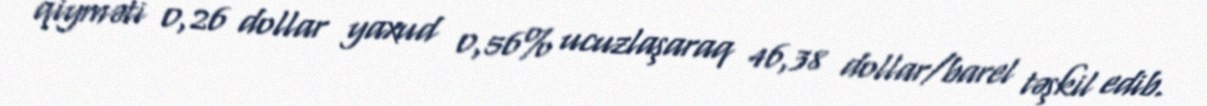
qiyməti 0,26 dollar yaxud 0,56% ucuzlaşaraq 46,38 dollar/barel təşkil edib.